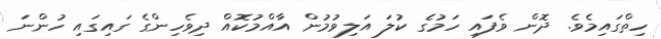
ހިތްގައިމެވެ. ދޮން ވެފައި ހަމުގެ ކުލަ އަލިވުމުން އާއްމުކޮއް ދިވެހިންގެ ގައިގައި ހުންނަ